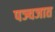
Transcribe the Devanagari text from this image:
पञ्चजात